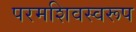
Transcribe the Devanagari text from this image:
परमशिवस्वरूप